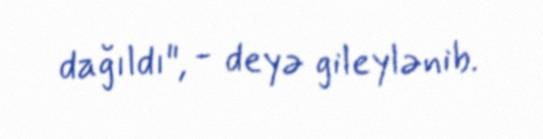
dağıldı", - deyə gileylənib.